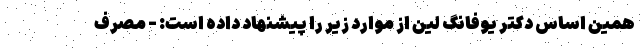
همین اساس دکتر یوفانگ لین از موارد زیر را پیشنهاد داده است: - مصرف